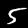
Digit: 5